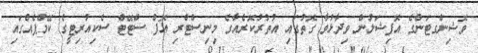
ވޮޝިންގޓަންގެ އޮފިޝަލުން ވިދާޅުވާ ގޮތުގައި އުތުރުކޮރެއާގެ މިނިސްޓްރި އޮފް ސްޓޭޓް ސެކިއުރިޓީގެ ކޭމްޕެއްގައި